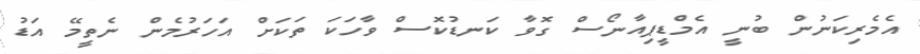
އެެމެރިކަނުން ބުނީ އެމްޑީޕިއާނޯސް ގޮވާ ކަނޑުކޮސް ވާހަކަ ތަކަށް އަހަރުމެން ނެތީމޭ އަޑު